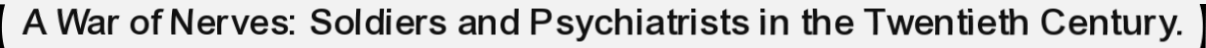
A War of Nerves: Soldiers and Psychiatrists in the Twentieth Century.